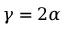
\gamma = 2 \alpha